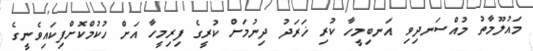
މައުލޫމާތު މުއްސަނދިވި އަނބިމީހާ ކުރި ޚަރަދު ދިނުމަށް ކުރީގެ ފިރިމީހާ އަށް ހުކުމްކޮށްފިކައިވެނީގެ